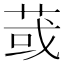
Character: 𦱂